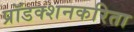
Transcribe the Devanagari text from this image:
प्रॉडक्शनकरिता